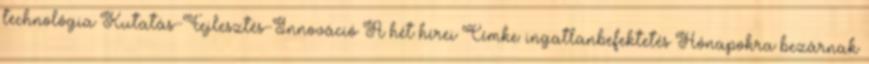
technológia Kutatás-Fejlesztés-Innováció A hét hírei Címke: ingatlanbefektetés Hónapokra bezárnak